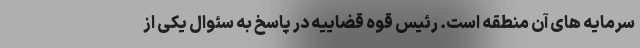
سرمایه هاى آن منطقه است. رئیس قوه قضاییه در پاسخ به سئوال یکى از